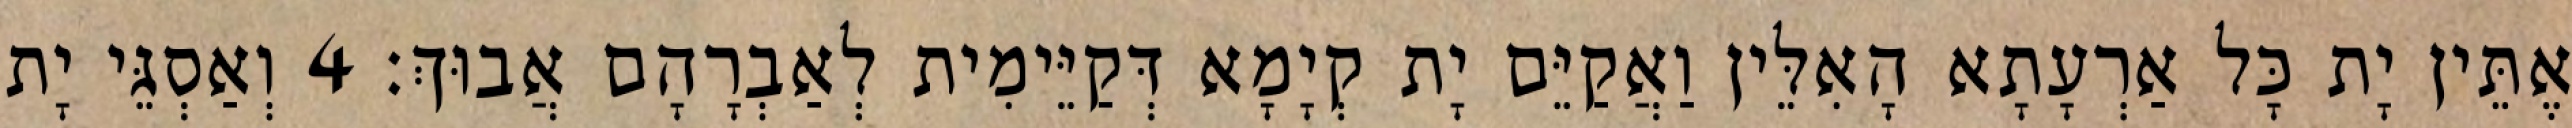
אֶתֵּין יָת כָּל אַרְעָתָא הָאִלֵּין וַאֲקַיֵּם יָת קְיָמָא דְּקַיֵּימִית לְאַבְרָהָם אֲבוּךְ׃ 4 וְאַסְגֵּי יָת